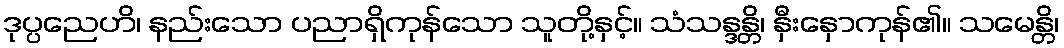
ဒုပ္ပညေဟိ၊ နည်းသော ပညာရှိကုန်သော သူတို့နှင့်။ သံသန္ဒန္တိ၊ နှီးနှောကုန်၏။ သမေန္တိ၊